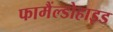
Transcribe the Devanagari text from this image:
फामैंल्डोहाइड